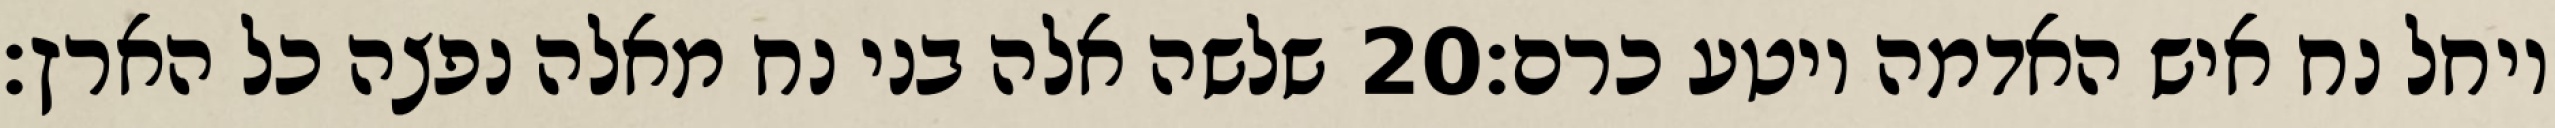
שלשה אלה בני נח מאלה נפצה כל הארץ׃ ‎20‏ ויחל נח איש האדמה ויטע כרם׃